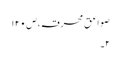
صواعق محرقہ،ص۱۲۰
۲۔